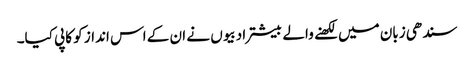
سندھی زبان میں لکھنے والے بیشتر ادبیوں نے ان کے اس انداز کو کاپی کیا۔